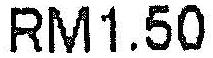
RM1.50